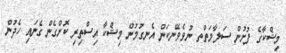
މިޝްކާގެ ފުށުން ސަލާމަތްތ ނުވެވޭނެކަން އެނގުމުން މިޝްކާ އިސްތިރި ކޮށްގެން ގެނައި ހެދުން